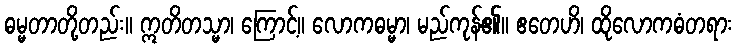
ဓမ္မတာတို့တည်း။ ဣတိတသ္မာ၊ ကြောင့်။ လောကဓမ္မာ၊ မည်ကုန်၏။ ဧတေဟိ၊ ထိုလောကဓံတရား